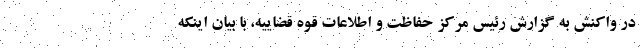
در واکنش به گزارش رئیس مرکز حفاظت و اطلاعات قوه قضاییه، با بیان اینکه